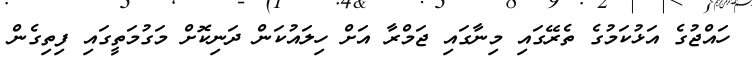
ހައްޖުގެ އަޅުކަމުގެ ތެރޭގައި މިނާގައި ޖަމްރާ އަށް ހިލައުކަން ދަނިކޮށް މަގުމަތީގައި ފިތިގެން